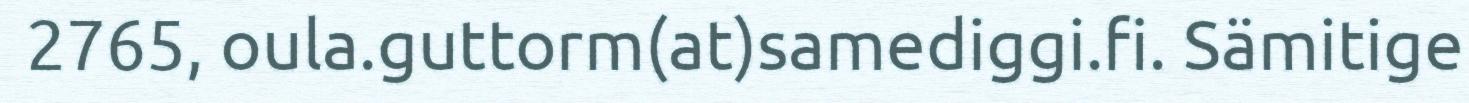
2765, oula.guttorm(at)samediggi.fi. Sämitige